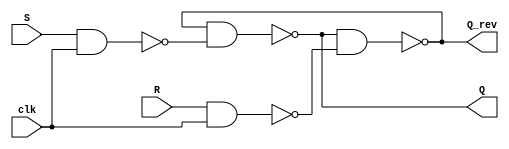
`timescale 1ns / 1ps
//////////////////////////////////////////////////////////////////////////////////
// Company: 
// Engineer: 
// 
// Design Name: 
// Module Name: S_R_Latch
// Project Name: 
// Target Devices: 
// Tool Versions: 
// Description: 
// 
// Dependencies: 
// 
// Revision:
// Revision 0.01 - File Created
// Additional Comments:
// 
//////////////////////////////////////////////////////////////////////////////////


module S_R_Latch(
    input S,
    input R,
    input clk,
    output Q,
    output Q_rev 
    );
    wire Q_wire;
    wire Q_rev_wire;
    wire S_wire;
    
    assign S_wire = ~(S & clk);
    assign R_wire = ~(R&clk);
    
    assign Q_wire = ~(Q_rev_wire & S_wire);
    assign Q_rev_wire = ~(Q_wire & R_wire);
    
    assign Q = Q_wire;
    assign Q_rev = Q_rev_wire;
endmodule